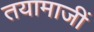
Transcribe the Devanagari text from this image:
तयामाजीं